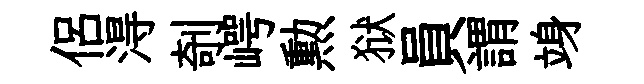
侶淂剞崿勲狱員謂竧